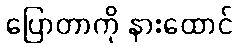
ပြောတာကို နားထောင်